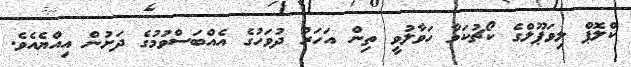
ކްލޮޕް ލިވަޕޫލްގެ ކޯޗުކަމާ ހަވާލުވީ ތިން އަހަރު ދުވަހުގެ އެއްބަސްވުމުގެ ދަށުން އިއްޔެއެވެ.